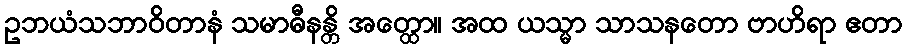
ဥဘယံသဘာဝိတာနံ သမာဓီနန္တိ အတ္ထော။ အထ ယသ္မာ သာသနတော ဗာဟိရာ ဧတာ